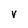
Character: V